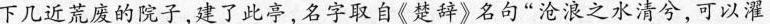
下几近荒废的院子，建了此亭，名字取自《楚辞》名句“沧浪之水清兮，可以濯